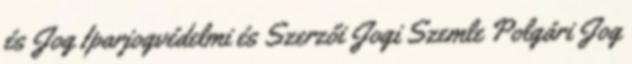
és Jog Iparjogvédelmi és Szerzői Jogi Szemle Polgári Jog